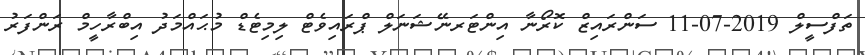
ތަފްސީލް 2019-07-11 ސަންރައިޒް ކޮރޯނާ އިންޓަރނޭޝަނަލް ޕްރައިވެޓް ލިމިޓެޑް މުޙައްމަދު އިބްރާހީމް ރަންފަރު